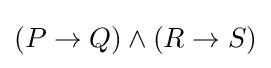
(P\to Q)\land (R\to S)